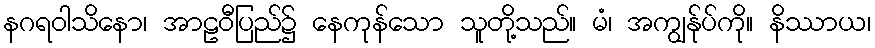
နဂရဝါသိနော၊ အာဠဝီပြည်၌ နေကုန်သော သူတို့သည်။ မံ၊ အကျွန်ုပ်ကို။ နိဿာယ၊